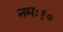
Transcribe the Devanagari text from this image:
नमः१०